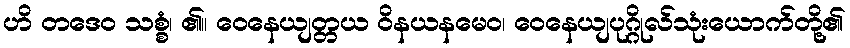
ဟိ တဒေဝ သစ္စံ၊ ၏။ ဝေနေယျတ္တယ ဝိနယနမေဝ၊ ဝေနေယျပုဂ္ဂိုလ်သုံးယောက်တို့၏